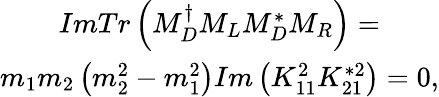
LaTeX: \begin{array}{c}{{ImTr\left(M_{D}^{\dagger}M_{L}M_{D}^{*}M_{R}\right)=}}\\ {{m_{1}m_{2}\left(m_{2}^{2}-m_{1}^{2}\right)Im\left(K_{11}^{2}K_{21}^{*2}\right)=0,}}\end{array}